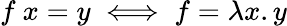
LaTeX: f\ x=y\iff f=\lambda x.y